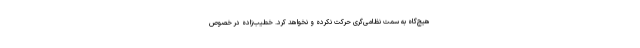
هیچ‌گاه به سمت نظامی‌گری حرکت نکرده و نخواهد کرد. خطیب‌زاده در خصوص